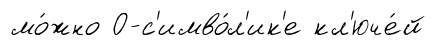
мо́жно О-с'имво́л'ик'е кл'юче́й